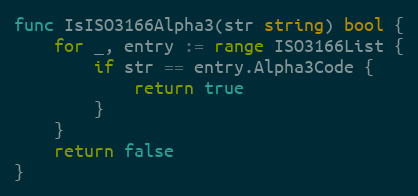
Language: Go
func IsISO3166Alpha3(str string) bool {
	for _, entry := range ISO3166List {
		if str == entry.Alpha3Code {
			return true
		}
	}
	return false
}